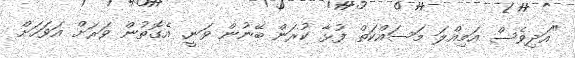
"އަދިވެސް އަމިއްލަ މަސައްކަތް ފުޅާ ކުރަން ބޭނުން ވަނީ. އެގޮތުން ވަރަށް އަވަހަށް